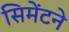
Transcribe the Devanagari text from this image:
सिमेंटने